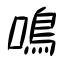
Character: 鳴